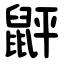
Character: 䶄